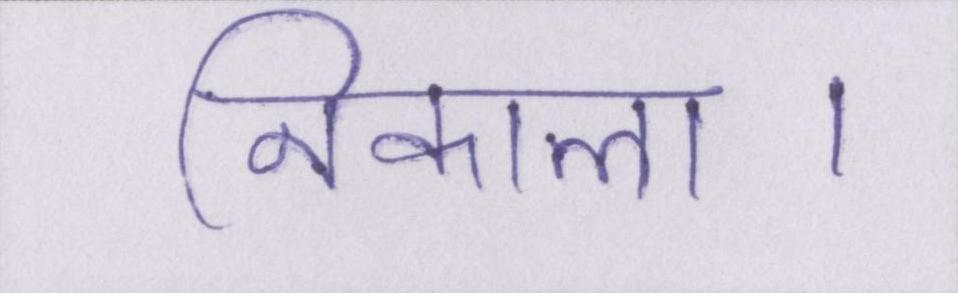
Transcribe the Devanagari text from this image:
निकाला।